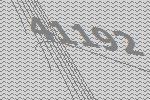
41192